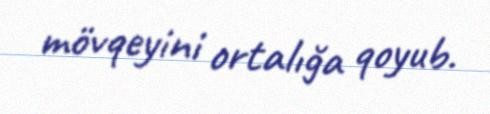
mövqeyini ortalığa qoyub.